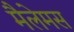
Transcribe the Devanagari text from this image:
मैलेमस